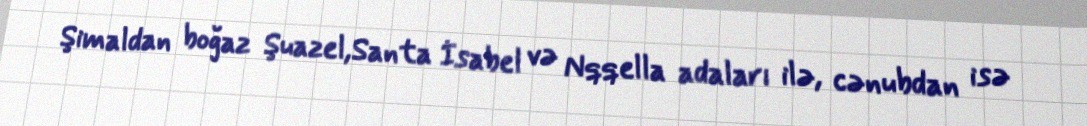
Şimaldan boğaz Şuazel,Santa İsabel və Nqqella adaları ilə, cənubdan isə